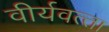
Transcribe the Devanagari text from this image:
वीर्यवत्‍ता